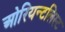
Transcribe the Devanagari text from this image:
ओरियन्टलिस्ट